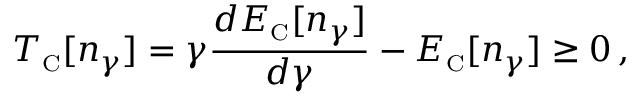
T _ { \scriptscriptstyle \mathrm { C } } [ n _ { \gamma } ] = \gamma \frac { d E _ { \scriptscriptstyle \mathrm { C } } [ n _ { \gamma } ] } { d \gamma } - E _ { \scriptscriptstyle \mathrm { C } } [ n _ { \gamma } ] \geq 0 \, ,